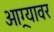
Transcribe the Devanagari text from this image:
आग्र्यावर